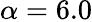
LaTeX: \alpha=6.0